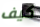
كيف